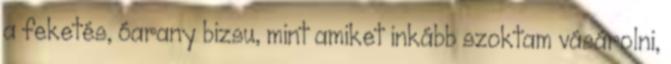
a feketés, óarany bizsu, mint amiket inkább szoktam vásárolni,